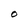
Character: O